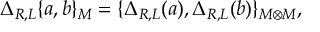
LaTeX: \Delta _ { R , L } \{ a , b \} _ { { \cal M } } = \{ \Delta _ { R , L } ( a ) , \Delta _ { R , L } ( b ) \} _ { { \cal M \otimes } { \cal M } } ,